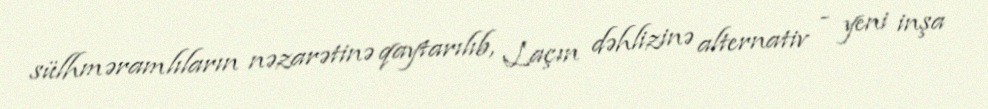
sülhməramlıların nəzarətinə qaytarılıb, Laçın dəhlizinə alternativ - yeni inşa